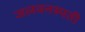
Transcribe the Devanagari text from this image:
जलवनस्पती